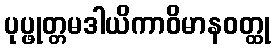
ပုပ္ဖုတ္တမဒါယိကာဝိမာနဝတ္ထု